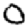
Digit: 0